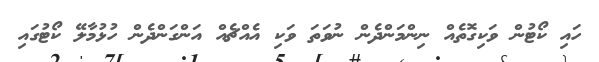
ހައި ކޯޓުން ވަކިގޮތެއް ނިންމަންދެން ނުވަތަ ވަކި އެއްޗެއް އަންގަންދެން ހުޅުމާލޭ ކޯޓުގައި